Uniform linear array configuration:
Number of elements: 4
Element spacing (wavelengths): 0.5
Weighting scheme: kaiser
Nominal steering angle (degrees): -60
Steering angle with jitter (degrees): -61.244
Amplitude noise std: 0.05
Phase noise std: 0.05

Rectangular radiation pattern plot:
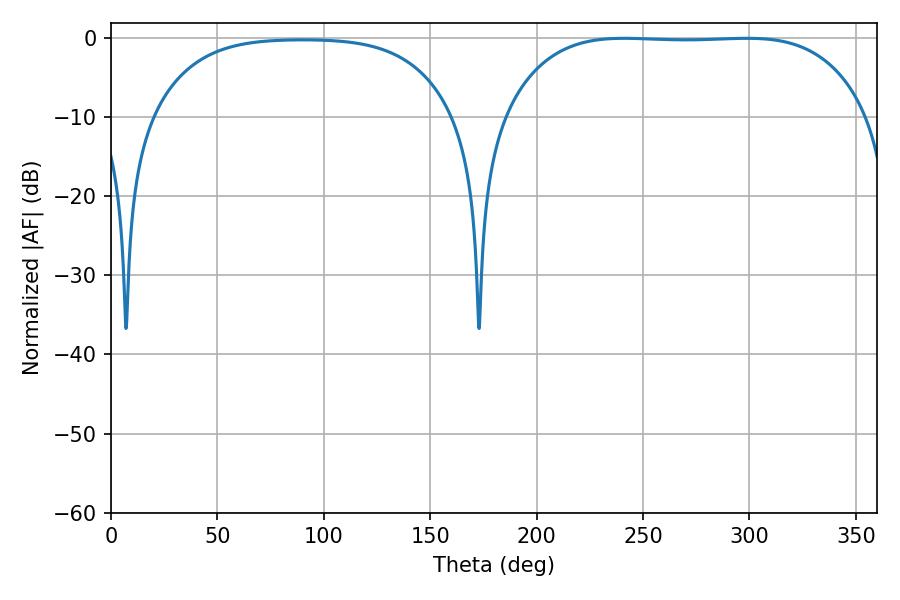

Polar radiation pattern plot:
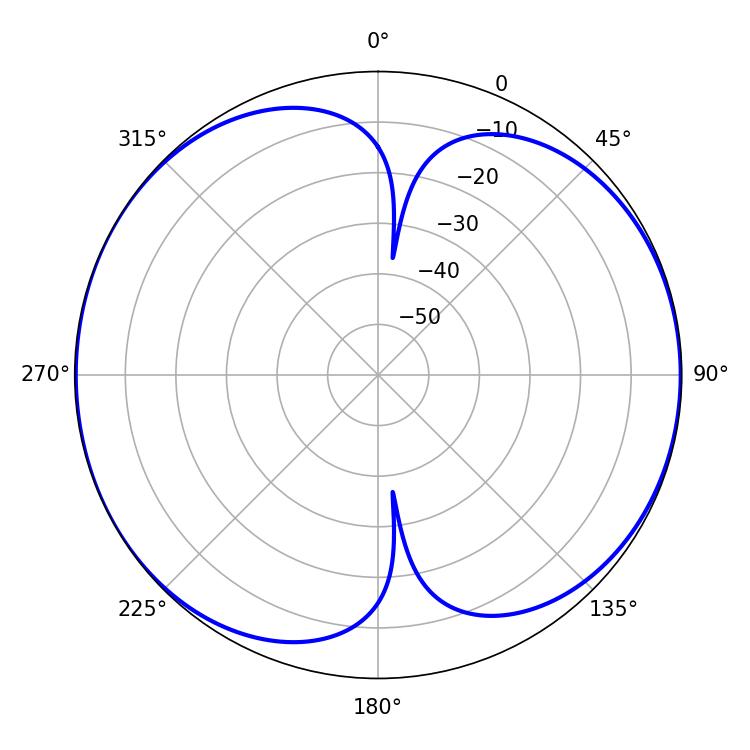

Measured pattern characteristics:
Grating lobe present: FALSE
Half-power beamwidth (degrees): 132.48
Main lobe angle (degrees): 241.02